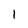
Character: 1